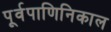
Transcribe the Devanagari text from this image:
पूर्वपाणिनिकाल